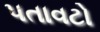
પતાવટો